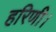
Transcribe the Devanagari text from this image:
हरिणी।